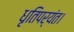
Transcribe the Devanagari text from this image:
धृतिपर्यंत।